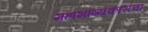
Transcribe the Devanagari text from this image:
महाभाष्यकारांचा